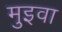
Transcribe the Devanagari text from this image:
मुइवा